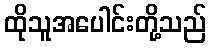
ထိုသူအပေါင်းတို့သည်